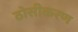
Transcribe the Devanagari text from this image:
ठोसीकरण